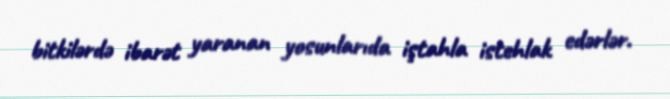
bitkilərdə ibarət yaranan yosunlarıda iştahla istehlak edərlər.